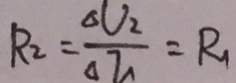
R _ { 2 } = \frac { \Delta V _ { 2 } } { \Delta I _ { 1 } } = R _ { 1 }